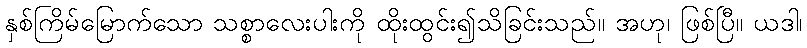
နှစ်ကြိမ်မြောက်သော သစ္စာလေးပါးကို ထိုးထွင်း၍သိခြင်းသည်။ အဟု၊ ဖြစ်ပြီ။ ယဒါ၊